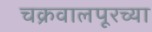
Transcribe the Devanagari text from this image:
चक्रवालपूरच्या